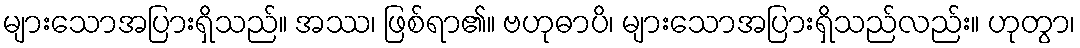
များသောအပြားရှိသည်။ အဿ၊ ဖြစ်ရာ၏။ ဗဟုဓာပိ၊ များသောအပြားရှိသည်လည်း။ ဟုတွာ၊